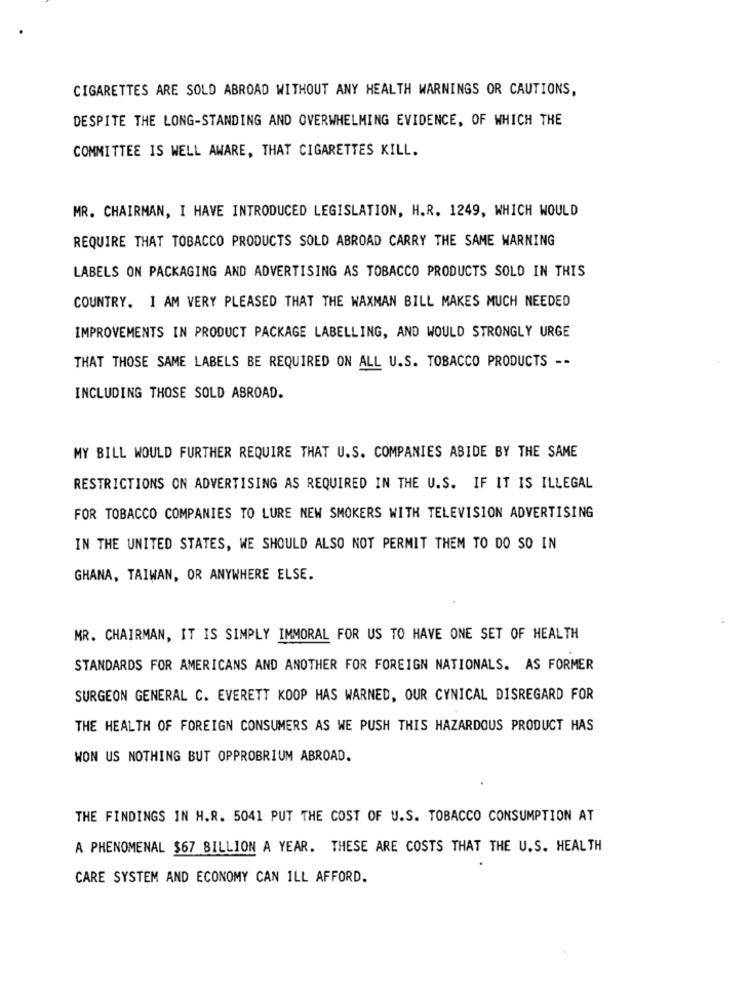
CIGARETTES ARE SOLD ABROAD WITHOUT ANY HEALTH WARNINGS OR CAUTIONS,
DESPITE THE LONG-STANDING AND OVERWHELMING EVIDENCE, OF WHICH THE
COMMITTEE IS WELL AWARE, THAT CIGARETTES KILL.
MR. CHAIRMAN, I HAVE INTRODUCED LEGISLATION, H.R. 1249, WHICH WOULD
REQUIRE THAT TOBACCO PRODUCTS SOLD ABROAD CARRY THE SAME WARNING
LABELS ON PACKAGING AND ADVERTISING AS TOBACCO PRODUCTS SOLD IN THIS
COUNTRY. I AM VERY PLEASED THAT THE WAXMAN BILL MAKES MUCH NEEDED
IMPROVEMENTS IN PRODUCT PACKAGE LABELLING, AND WOULD STRONGLY URGE
THAT THOSE SAME LABELS BE REQUIRED ON ALL U.S. TOBACCO PRODUCTS --
INCLUDING THOSE SOLD ABROAD.
MY BILL WOULD FURTHER REQUIRE THAT U.S. COMPANIES ABIDE BY THE SAME
RESTRICTIONS ON ADVERTISING AS REQUIRED IN THE U.S. IF IT IS ILLEGAL
FOR TOBACCO COMPANIES TO LURE NEW SMOKERS WITH TELEVISION ADVERTISING
IN THE UNITED STATES, WE SHOULD ALSO NOT PERMIT THEM TO DO SO IN
GHANA, TAIWAN, OR ANYWHERE ELSE.
MR. CHAIRMAN, IT IS SIMPLY IMMORAL FOR US TO HAVE ONE SET OF HEALTH
STANDARDS FOR AMERICANS AND ANOTHER FOR FOREIGN NATIONALS. AS FORMER
SURGEON GENERAL C. EVERETT KOOP HAS WARNED, OUR CYNICAL DISREGARD FOR
THE HEALTH OF FOREIGN CONSUMERS AS WE PUSH THIS HAZARDOUS PRODUCT HAS
WON US NOTHING BUT OPPROBRIUM ABROAD.
THE FINDINGS IN H.R. 5041 PUT THE COST OF U.S. TOBACCO CONSUMPTION AT
A PHENOMENAL $67 BILLION A YEAR. THESE ARE COSTS THAT THE U.S. HEALTH
CARE SYSTEM AND ECONOMY CAN ILL AFFORD.